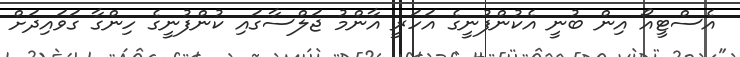
އެސްޓީއޯ އިން ބުނީ އެކުންފުނީގެ އަހަރީ އާންމު ޖަލްސާގައި ކުންފުނީގެ ހިންގާ ގަވައިދަށް